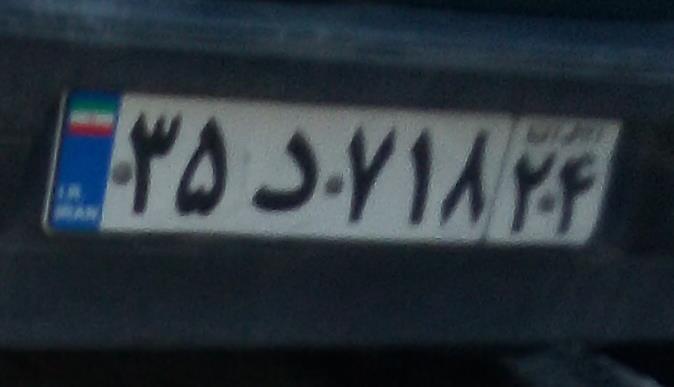
۳۵د۸۱۷۲۴